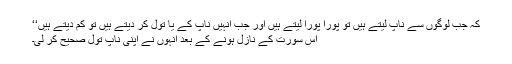
کہ جب لوگوں سے ناپ لیتے ہیں تو پورا پورا لیتے ہیں اور جب انہیں ناپ کے یا تول کر دیتے ہیں تو کم دیتے ہیں‘‘
اس سورت کے نازل ہونے کے بعد انہوں نے اپنی ناپ تول صحیح کر لی۔